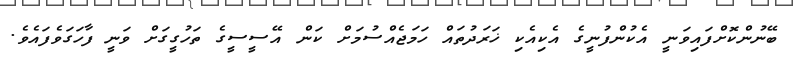
ބޭނުންކޮށްފައިވަނީ އެކުންފުނީގެ އެކިއެކި ޚަރަދުތައް ހަމަޖެއްސުމަށް ކަން އޭސީސީގެ ތަހުގީގަށް ވަނީ ފާހަގަވެފައެވެ.